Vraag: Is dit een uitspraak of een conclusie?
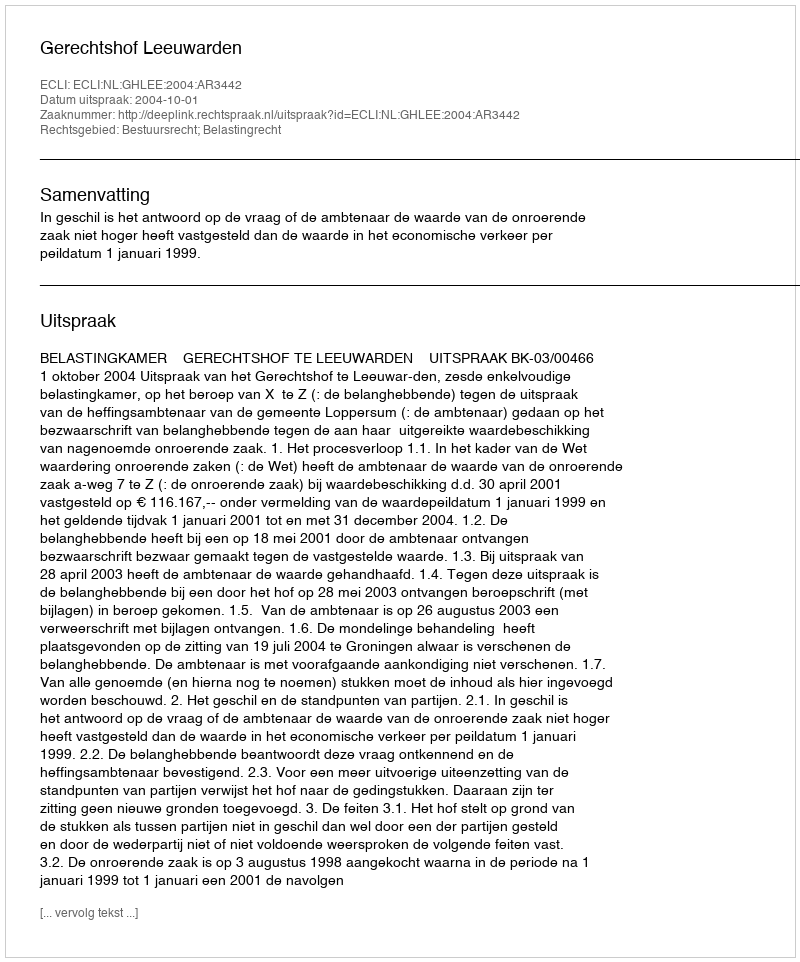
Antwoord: Uitspraak